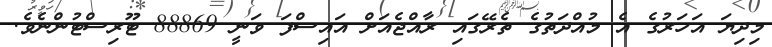
މިދިޔަ އަހަރުގެ އެ މުއްދަތުގެ ތެރޭގައި ރާއްޖެއަށް އައިސްފަ ވަނީ 88869 ޓޫރިސްޓުންނެވެ.